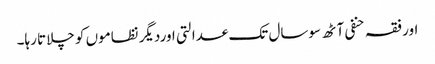
اور فقہ حنفی آٹھ سوسال تک عدالتی اوردیگر نظاموں کو چلاتا رہا۔